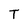
Character: T